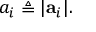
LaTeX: a _ { i } \triangleq | \mathbf { a } _ { i } | .